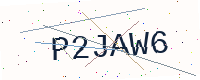
Text: P2JAW6